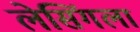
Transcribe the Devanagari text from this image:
लेसिंगला